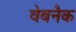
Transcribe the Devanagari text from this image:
वेबनैक